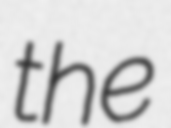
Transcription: the